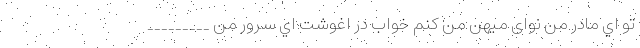
تو اي مادر من نوای میهن من کنم خواب در اغوشت اي سرور من _________